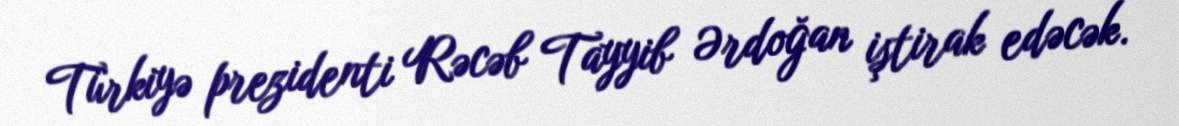
Türkiyə prezidenti Rəcəb Tayyib Ərdoğan iştirak edəcək.